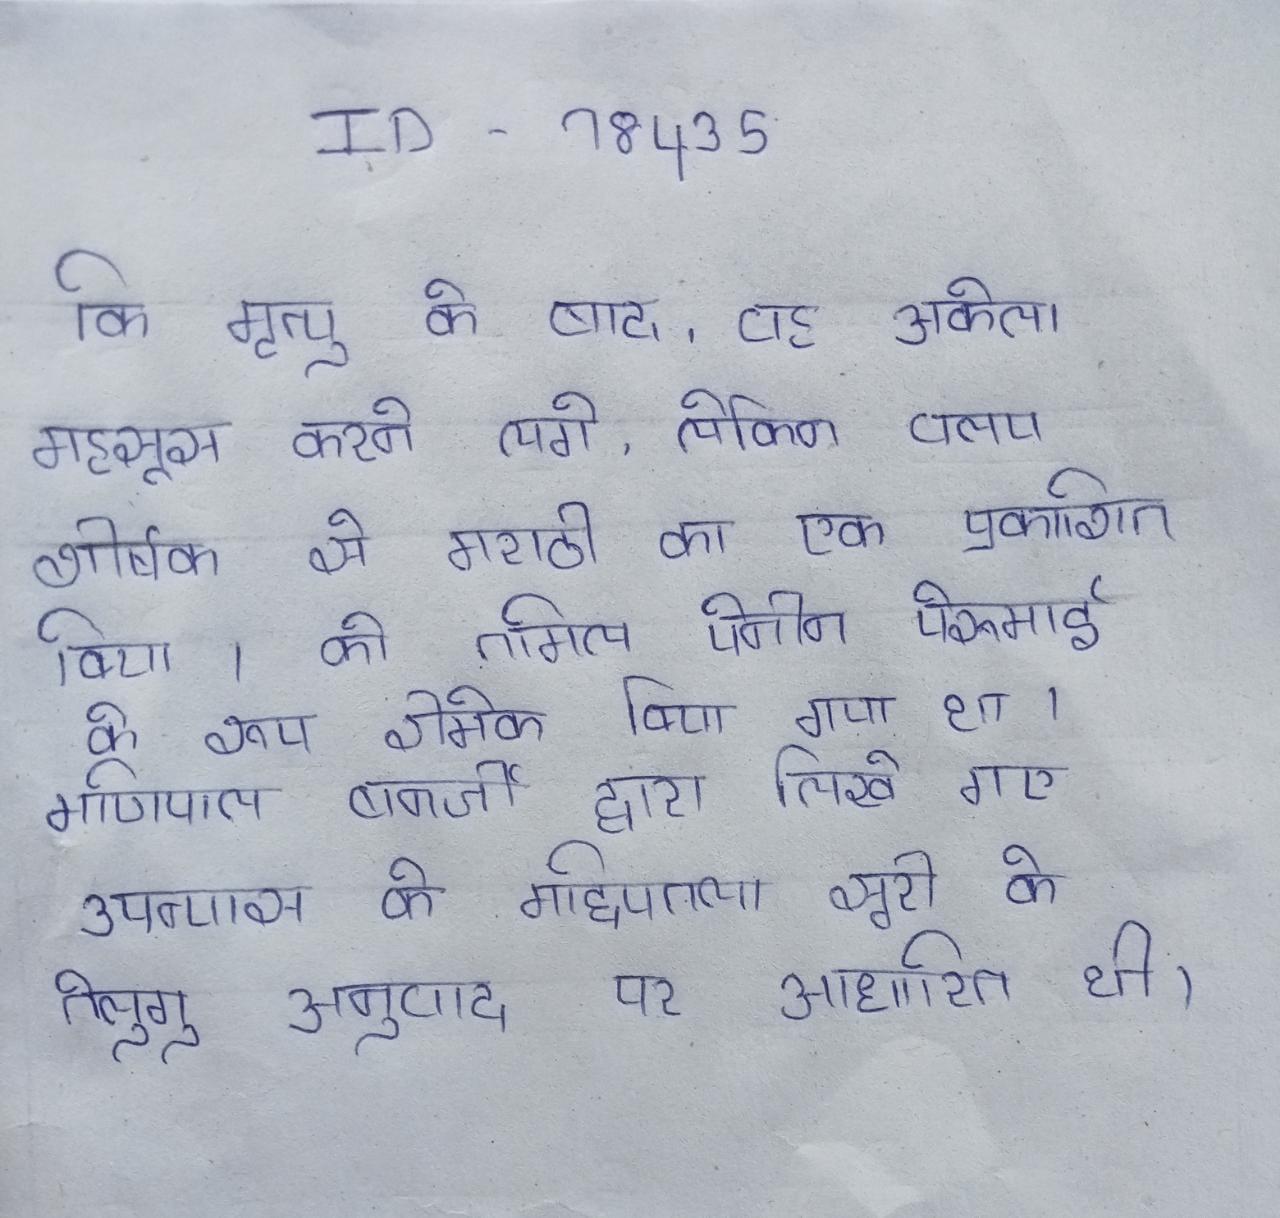
की मृत्यु के बाद, वह अकेला महसूस करने लगे, लेकिन वलय शीर्षक से मराठी का एक प्रकाशित किया । को तमिल पेनीन पेरुमाई के रूप रीमेक किया गया था । मणिपाल बनर्जी द्वारा लिखे गए उपन्यास के मद्दिपतला सूरी के तेलुगु अनुवाद पर आधारित थी ।